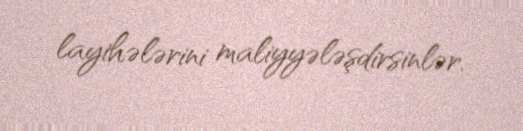
layihələrini maliyyələşdirsinlər.